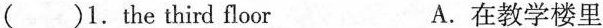
( )1.the third floor A.在教学楼里